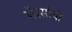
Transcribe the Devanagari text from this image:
गैरसोयी